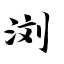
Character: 浏